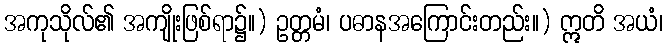
အကုသိုလ်၏ အကျိုးဖြစ်ရာ၌။) ဥတ္တမံ၊ ပဓာနအကြောင်းတည်း။) ဣတိ အယံ၊